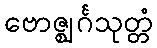
ဗောဇ္ဈင်္ဂသုတ္တံ